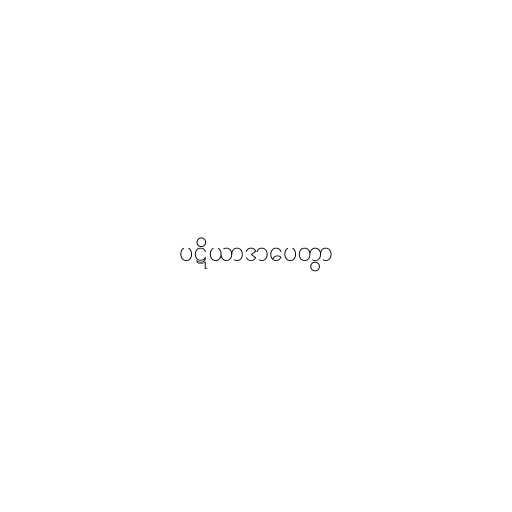
ပဋိယာဒာပေတွာ